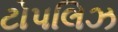
ટોપલિઝ